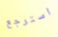
استرجع